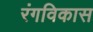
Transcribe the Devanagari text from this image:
रंगविकास